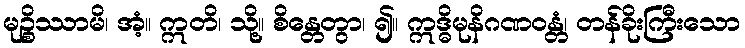
မုဉ္စိဿာမိ၊ အံ့။ ဣတိ၊ သို့။ စိန္တေတွာ၊ ၍။ ဣဒ္ဓိမုနိဂဏဝန္တံ၊ တန်ခိုးကြီးသော